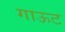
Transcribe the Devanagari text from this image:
गाऊट